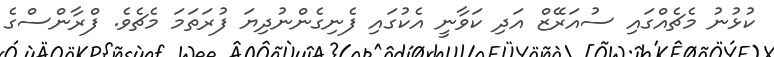
ކުޅުނު މެޗެއްގައި ސުއަރޭޒް އަދި ކަވާނީ އެކުގައި ފެނިގެންނުދިޔަ ފުރަތަމަ މެޗެވެ. ފްރާންސްގެ